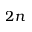
2 n